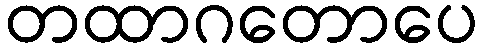
တထာဂတောပေ